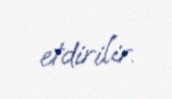
etdirilir.